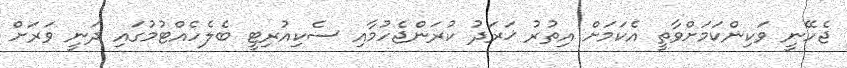
ޖެހޭނީ ވަކިންކަމަށްވާތީ އެކަމަށް އިތުރު ޚަރަދު ކުރަންޖެހުމާއި ސެކިއުރިޓީ ބެލެހެއްޓުމުގައި ދަނީ ވަރަށް